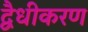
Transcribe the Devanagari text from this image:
द्वैधीकरण